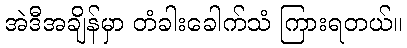
အဲဒီအချိန်မှာ တံခါးခေါက်သံ ကြားရတယ်။